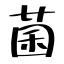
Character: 菌